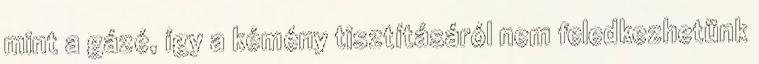
mint a gázé, így a kémény tisztításáról nem feledkezhetünk